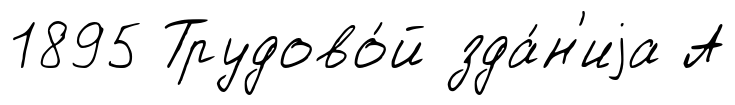
1895 Трудово́й зда́н'иjа А